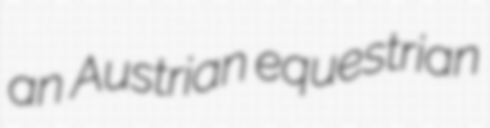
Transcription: an Austrian equestrian